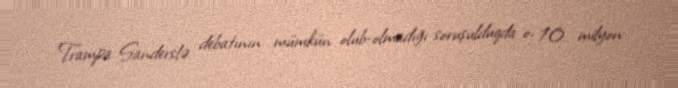
Trampa Sanderslə debatının mümkün olub-olmadığı soruşulduqda o, 10 milyon